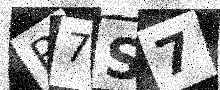
Text: R7S7